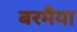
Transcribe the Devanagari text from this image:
बरमैया